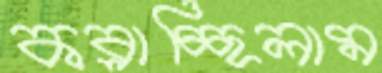
কব্‌লাচ্ছিলাম